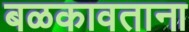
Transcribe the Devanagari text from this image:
बळकावताना